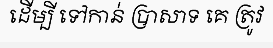
ដើម្បី ទៅកាន់ ប្រាសាទ គេ ត្រូវ